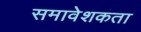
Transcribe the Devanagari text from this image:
समावेशकता